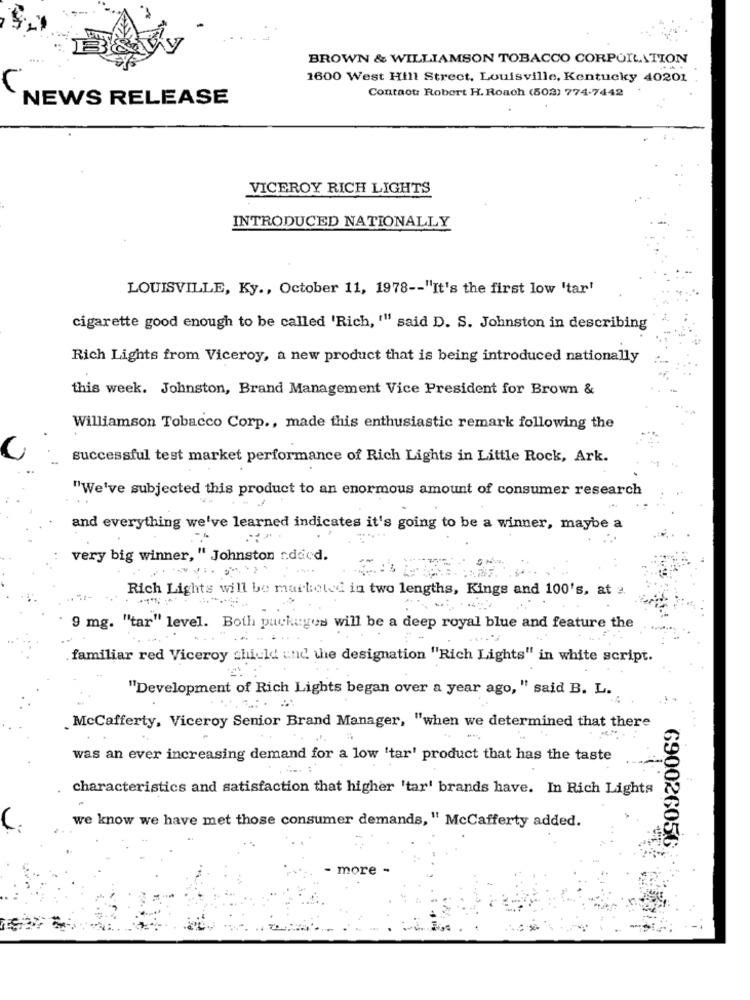
BROWN & WILLIAMSON TOBACCO CORPORATION
1600 West Hill Street, Louisville, Kentucky 40201
Contact: Robert H. Roach (503) 774-7442
NEWS RELEASE
VICEROY RICH LIGHTS
INTRODUCED NATIONALLY
LOUISVILLE, Ky ., October 11, 1978 -- "It's the first low 'tar'
cigarette good enough to be called 'Rich, '" said D. S. Johnston in describing
Rich Lights from Viceroy, a new product that is being introduced nationally
this week. Johnston, Brand Management Vice President for Brown &
Williamson Tobacco Corp ., made this enthusiastic remark following the
successful test market performance of Rich Lights in Little Rock, Ark.
"We've subjected this product to an enormous amount of consumer research
and everything we've learned indicates it's going to be a winner, maybe a
very big winner, " Johnston added.
Rich Lights will be marketed in two lengths, Kings and 100's, at 2.
9 mg. "tar" level. Both packages will be a deep royal blue and feature the
familiar red Viceroy shield und the designation "Rich Lights" in white script.
"Development of Rich Lights began over a year ago, " said B. L.
. McCafferty, Viceroy Senior Brand Manager, "when we determined that there
was an ever increasing demand for a low 'tar' product that has the taste
characteristics and satisfaction that higher 'tar' brands have. In Rich Lights
we know we have met those consumer demands, " McCafferty added.
690026056
- more -